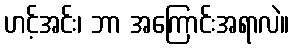
ဟင့်အင်း၊ ဘာ အကြောင်းအရာလဲ။